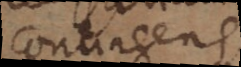
contingens,